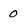
Character: 0